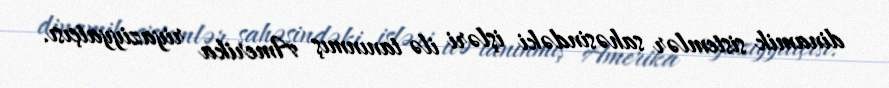
dinamik sistemlər sahəsindəki işləri ilə tanınmış Amerika riyaziyyatçısı.